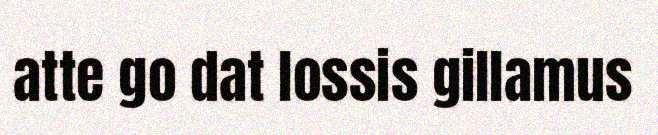
atte go dat lossis gillamus